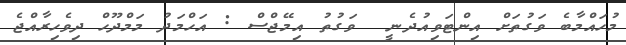
މުހައްމާބެ ވަގުތަށް އިންޓަވިއުދެނީ  ވަގުތު އިމޭޖްސް : އަހްމަދު މަމްދޫހް ދިވެހިރާއްޖެ